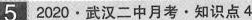
52020.武汉二中月考·知识点4